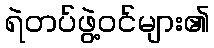
ရဲတပ်ဖွဲ့ဝင်များ၏